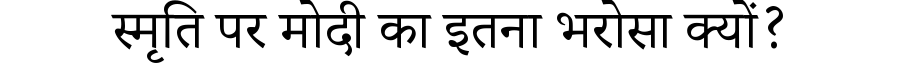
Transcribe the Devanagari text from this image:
स्मृति पर मोदी का इतना भरोसा क्यों?